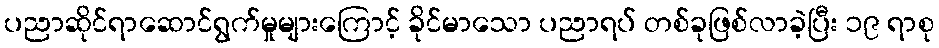
ပညာဆိုင်ရာဆောင်ရွက်မှုများကြောင့် ခိုင်မာသော ပညာရပ် တစ်ခုဖြစ်လာခဲ့ပြီး ၁၉ ရာစု